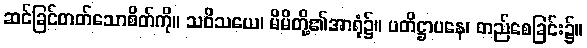
ဆင်ခြင်တတ်သောစိတ်ကို။ သဝိသယေ၊ မိမိတို့၏အာရုံ၌။ ပတိဋ္ဌာပနေ၊ တည်စေခြင်း၌။